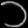
Digit: ၁